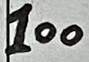
Text: 100